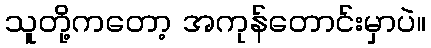
သူတို့ကတော့ အကုန်တောင်းမှာပဲ။